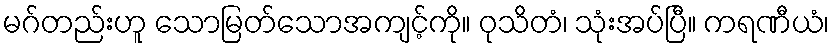
မဂ်တည်းဟူ သောမြတ်သောအကျင့်ကို။ ဝုသိတံ၊ သုံးအပ်ပြီ။ ကရဏီယံ၊